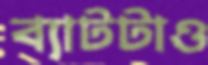
ব্যাটটাও